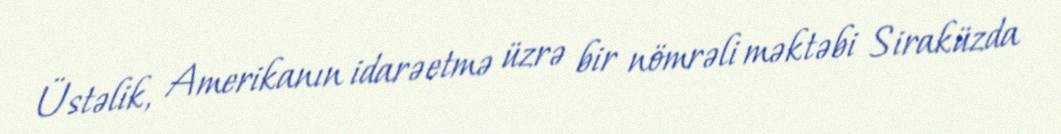
Üstəlik, Amerikanın idarəetmə üzrə bir nömrəli məktəbi Siraküzda